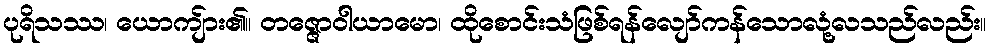
ပုရိသဿ၊ ယောကျ်ား၏။ တဇ္ဇောဝါယာမော၊ ထိုစောင်းသံဖြစ်ရန်လျော်ကန်သောလုံ့လသည်လည်း။